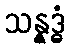
သန္နဒ္ဓံ